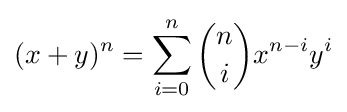
(x+y)^{n}=\sum _{i=0}^{n}{n \choose i}x^{n-i}y^{i}